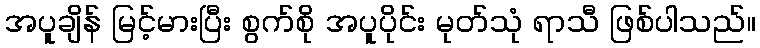
အပူချိန် မြင့်မားပြီး စွက်စို အပူပိုင်း မုတ်သုံ ရာသီ ဖြစ်ပါသည်။